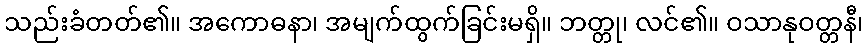
သည်းခံတတ်၏။ အကောဓနာ၊ အမျက်ထွက်ခြင်းမရှိ။ ဘတ္တု၊ လင်၏။ ဝသာနုဝတ္တနီ၊